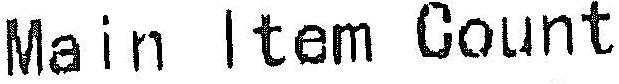
MAIN ITEM COUNT